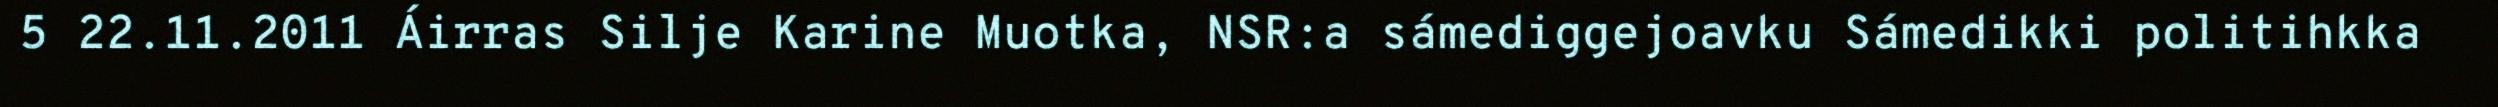
5 22.11.2011 Áirras Silje Karine Muotka, NSR:a sámediggejoavku Sámedikki politihkka